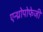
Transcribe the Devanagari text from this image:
एन्थ्रोपोफेजी